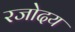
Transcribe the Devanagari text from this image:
रजोदय